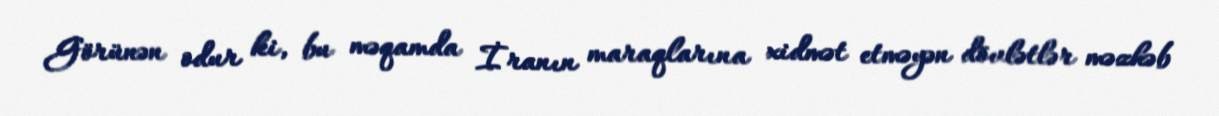
Görünən odur ki, bu məqamda İranın maraqlarına xidmət etməyən dövlətlər məzhəb